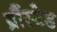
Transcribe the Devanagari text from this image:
ब्रौंस्टेड